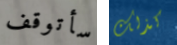
سأتوقف كذلك